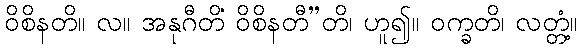
ဝိစိနတိ။ လ။ အနုဂီတိံ ဝိစိနတီ”တိ၊ ဟူ၍။ ဝက္ခတိ၊ လတ္တံ့။